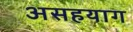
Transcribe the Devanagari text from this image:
असहयाग